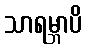
သာရမ္ဘာပိ